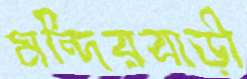
মন্দিরবাড়ী